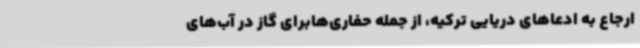
ارجاع به ادعاهای دریایی ترکیه، از جمله حفاری‌هابرای گاز در آب‌های